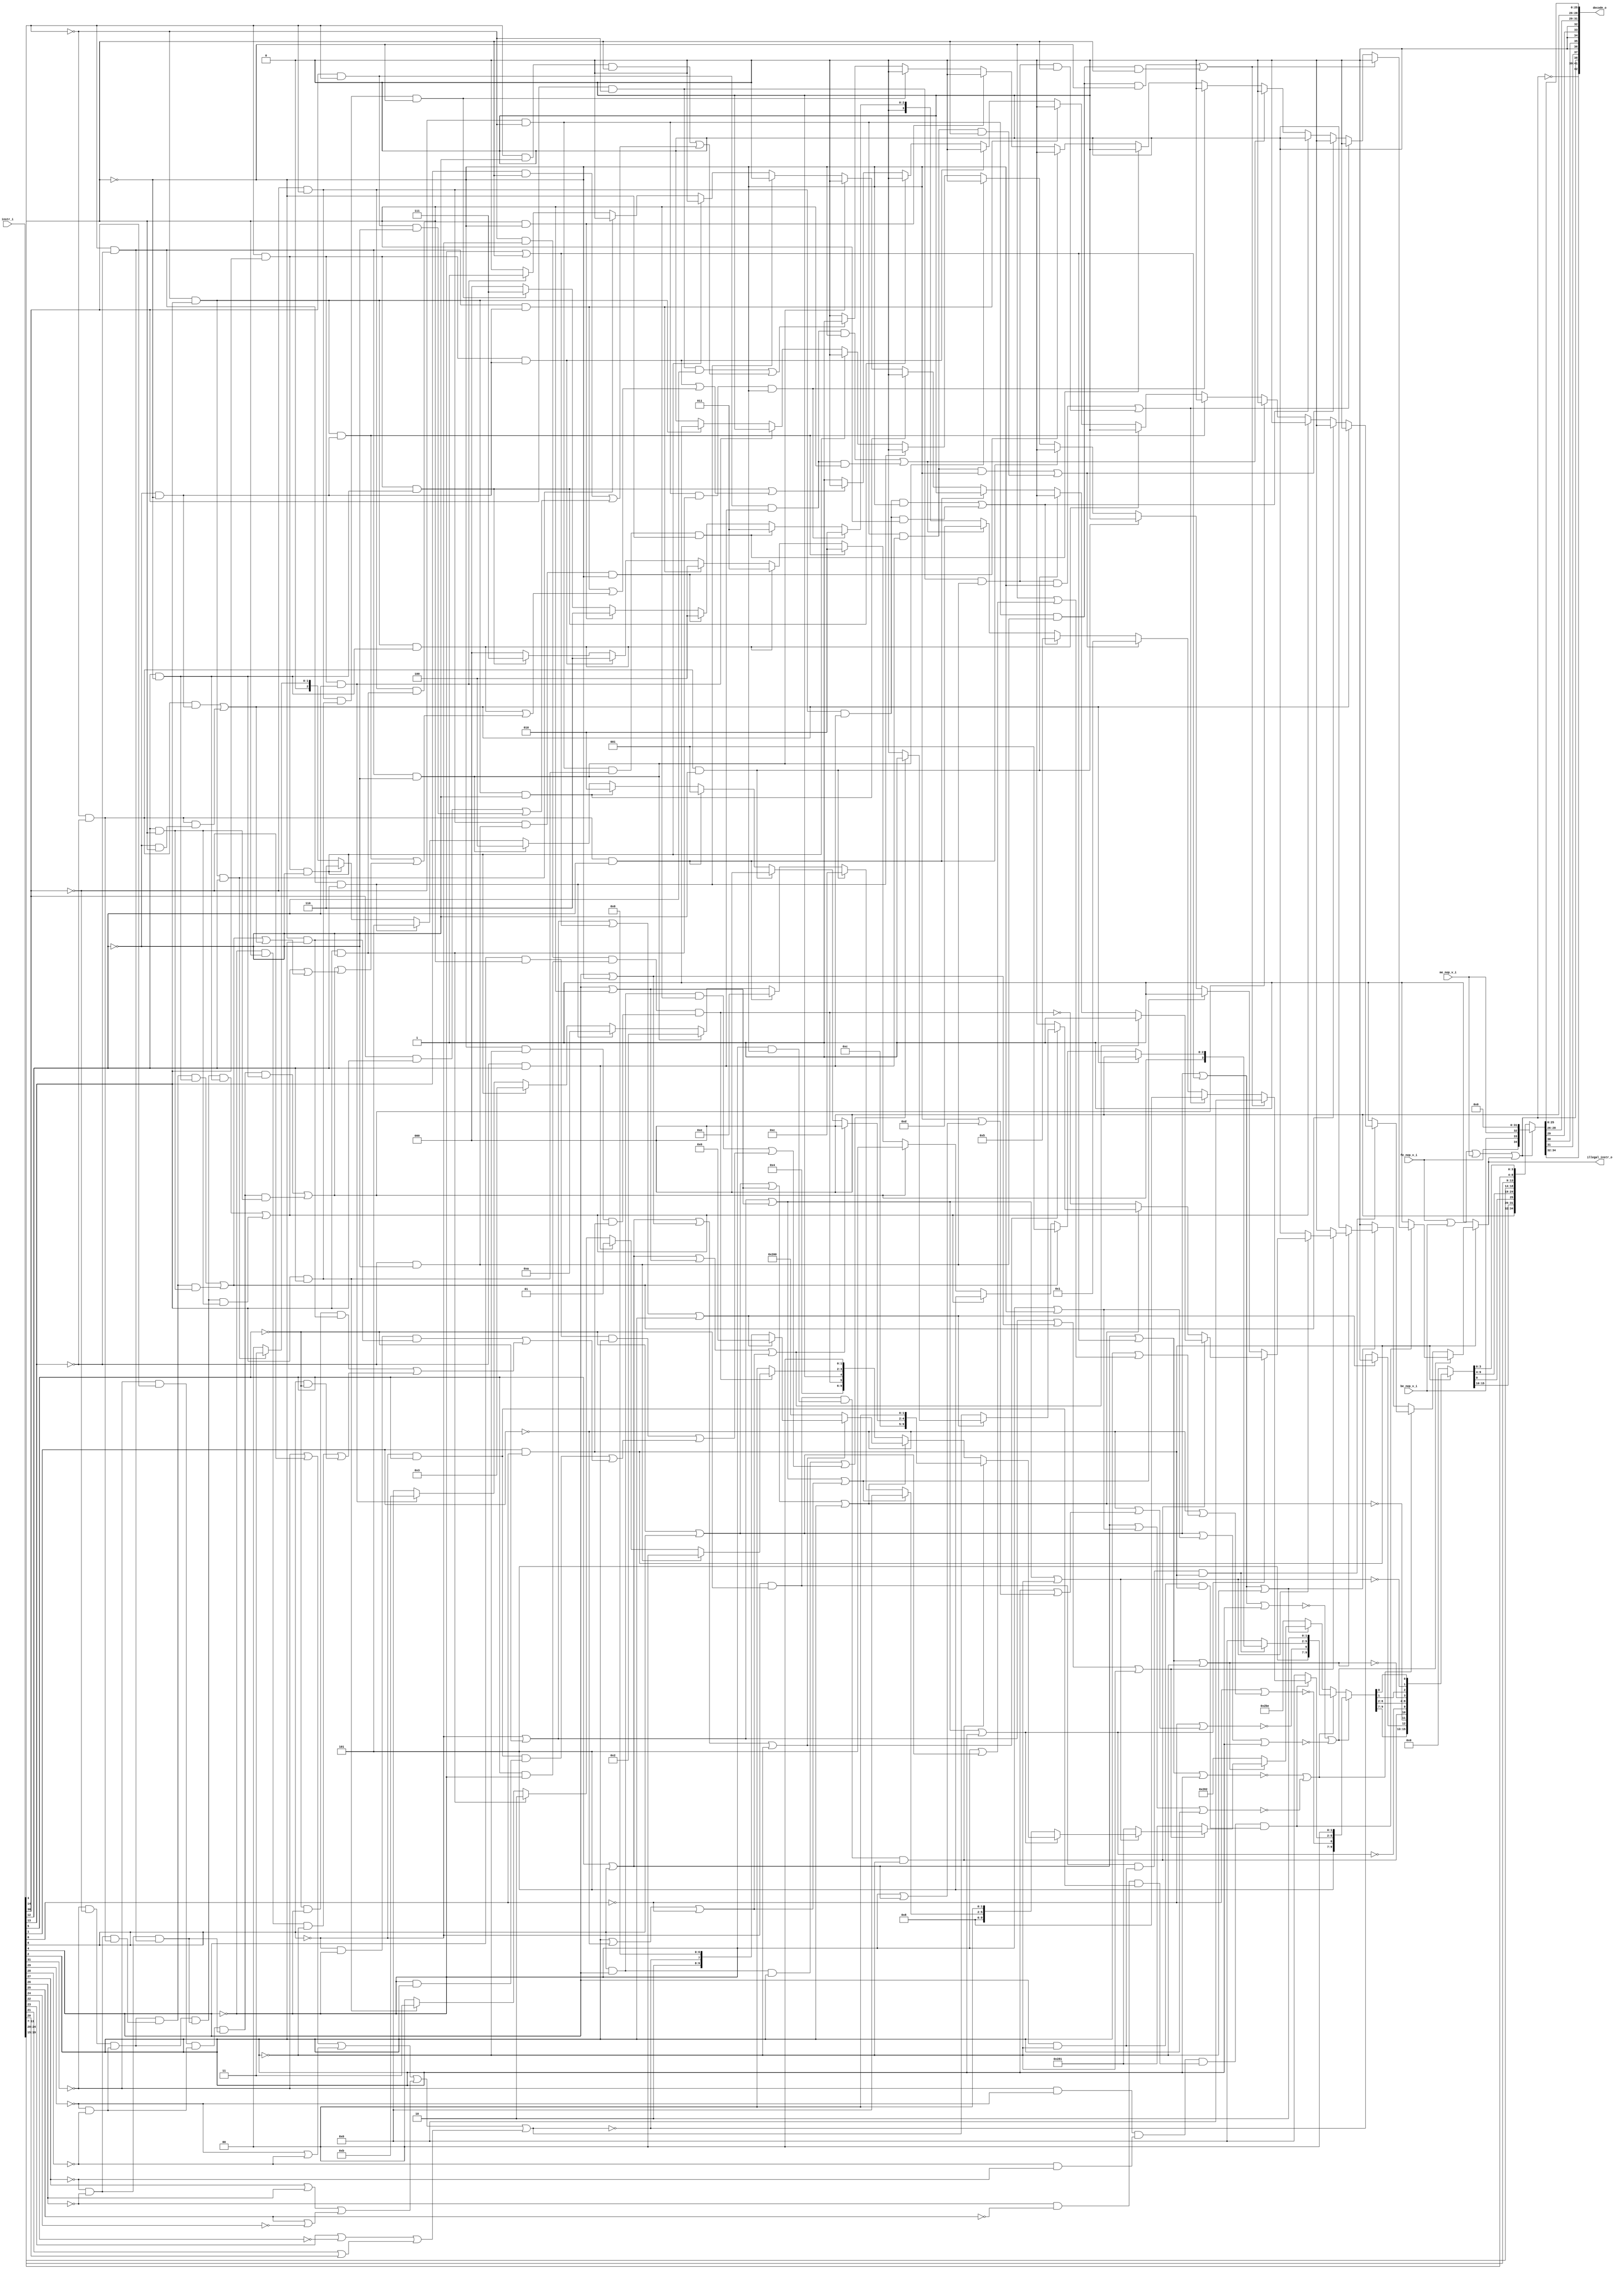
module bp_be_instr_decoder
(
  instr_i,
  fe_nop_v_i,
  be_nop_v_i,
  me_nop_v_i,
  decode_o,
  illegal_instr_o
);

  input [31:0] instr_i;
  output [42:0] decode_o;
  input fe_nop_v_i;
  input be_nop_v_i;
  input me_nop_v_i;
  output illegal_instr_o;
  wire [42:0] decode_o;
  wire illegal_instr_o,N0,N1,N2,N3,N4,N5,N6,N7,N8,N9,N10,N11,N12,N13,N14,N15,N16,N17,
  N18,N19,N20,N21,N22,N23,N24,N25,N26,N27,N28,N29,N30,N31,N32,N33,N34,N35,N36,N37,
  N38,N39,N40,N41,N42,N43,N44,N45,N46,N47,N48,N49,N50,N51,N52,N53,N54,N55,N56,N57,
  N58,N59,N60,N61,N62,N63,N64,N65,N66,N67,N68,N69,N70,N71,N72,N73,N74,N75,N76,N77,
  N78,N79,N80,N81,N82,N83,N84,N85,N86,N87,N88,N89,N90,N91,N92,N93,N94,N95,N96,N97,
  N98,N99,N100,N101,N102,N103,N104,N105,N106,N107,N108,N109,N110,N111,N112,N113,
  N114,N115,N116,N117,N118,N119,N120,N121,N122,N123,N124,N125,N126,N127,N128,N129,
  N130,N131,N132,N133,N134,N135,N136,N137,N138,N139,N140,N141,N142,N143,N144,N145,
  N146,N147,N148,N149,N150,N151,N152,N153,N154,N155,N156,N157,N158,N159,N160,N161,
  N162,N163,N164,N165,N166,N167,N168,N169,N170,N171,N172,N173,N174,N175,N176,N177,
  N178,N179,N180,N181,N182,N183,N184,N185,N186,N187,N188,N189,N190,N191,N192,N193,
  N194,N195,N196,N197,N198,N199,N200,N201,N202,N203,N204,N205,N206,N207,N208,N209,
  N210,N211,N212,N213,N214,N215,N216,N217,N218,N219,N220,N221,N222,N223,N224,N225,
  N226,N227,N228,N229,N230,N231,N232,N233,N234,N235,N236,N237,N238,N239,N240,N241,
  N242,N243,N244,N245,N246,N247,N248,N249,N250,N251,N252,N253,N254,N255,N256,N257,
  N258,N259,N260,N261,N262,N263,N264,N265,N266,N267,N268,N269,N270,N271,N272,N273,
  N274,N275,N276,N277,N278,N279,N280,N281,N282,N283,N284,N285,N286,N287,N288,N289,
  N290,N291,N292,N293,N294,N295,N296,N297,N298,N299,N300,N301,N302,N303,N304,N305,
  N306,N307,N308,N309,N310,N311,N312,N313,N314,N315,N316,N317,N318,N319,N320,N321,
  N322,N323,N324,N325,N326,N327,N328,N329,N330,N331,N332,N333,N334,N335,N336,N337,
  N338,N339,N340,N341,N342,N343,N344,N345,N346,N347,N348,N349,N350,N351,N352,N353,
  N354,N355,N356,N357,N358,N359,N360,N361,N362,N363,N364,N365,N366,N367,N368,N369,
  N370,N371,N372;
  assign decode_o[26] = 1'b0;
  assign decode_o[27] = 1'b0;
  assign decode_o[28] = 1'b0;
  assign decode_o[32] = 1'b0;
  assign decode_o[34] = 1'b0;
  assign decode_o[36] = 1'b0;
  assign N54 = instr_i[1] & instr_i[0];
  assign N56 = instr_i[6] | N339;
  assign N57 = N340 | instr_i[3];
  assign N58 = N56 | N57;
  assign N59 = N58 | instr_i[2];
  assign N60 = N340 | N341;
  assign N61 = N56 | N60;
  assign N62 = N61 | instr_i[2];
  assign N64 = instr_i[6] | instr_i[5];
  assign N65 = N64 | N57;
  assign N66 = N65 | instr_i[2];
  assign N67 = N64 | N60;
  assign N68 = N67 | instr_i[2];
  assign N70 = N58 | N86;
  assign N72 = N65 | N86;
  assign N74 = N85 | N339;
  assign N75 = instr_i[4] | N341;
  assign N76 = N74 | N75;
  assign N77 = N76 | N86;
  assign N79 = instr_i[4] | instr_i[3];
  assign N80 = N74 | N79;
  assign N81 = N80 | N86;
  assign N83 = N80 | instr_i[2];
  assign N87 = N85 & N339;
  assign N88 = N340 & N341;
  assign N89 = N87 & N88;
  assign N90 = N89 & N86;
  assign N91 = N56 | N79;
  assign N92 = N91 | instr_i[2];
  assign N94 = N64 | N75;
  assign N95 = N94 | N86;
  assign N97 = N74 | N57;
  assign N98 = N97 | instr_i[2];
  assign N100 = instr_i[6] & instr_i[4];
  assign N101 = N100 & instr_i[2];
  assign N102 = N100 & instr_i[3];
  assign N103 = instr_i[4] & instr_i[3];
  assign N104 = N103 & instr_i[2];
  assign N105 = N85 & instr_i[5];
  assign N106 = N340 & instr_i[2];
  assign N107 = N105 & N106;
  assign N108 = N85 & N340;
  assign N109 = N341 & instr_i[2];
  assign N110 = N108 & N109;
  assign N111 = N339 & N340;
  assign N112 = N111 & N109;
  assign N113 = N340 & instr_i[3];
  assign N114 = N113 & N86;
  assign N115 = instr_i[6] & N339;
  assign N123 = N117 & N118;
  assign N124 = N119 & N120;
  assign N125 = N121 & N122;
  assign N126 = instr_i[4] & N86;
  assign N127 = N123 & N124;
  assign N128 = N125 & N105;
  assign N129 = N126 & N54;
  assign N130 = N127 & N128;
  assign N131 = N130 & N129;
  assign N133 = N154 & N285;
  assign N134 = N133 & N341;
  assign N135 = N133 & instr_i[3];
  assign N137 = N166 & N285;
  assign N138 = N137 & N341;
  assign N139 = N137 & instr_i[3];
  assign N141 = N154 & N286;
  assign N142 = N141 & N341;
  assign N143 = N141 & instr_i[3];
  assign N145 = N159 & N286;
  assign N146 = N145 & N341;
  assign N147 = N145 & instr_i[3];
  assign N149 = N172 & N286;
  assign N150 = N149 & N341;
  assign N151 = N149 & instr_i[3];
  assign N154 = N153 & N251;
  assign N155 = N154 & N287;
  assign N156 = N155 & N341;
  assign N157 = N154 & N288;
  assign N158 = N157 & N341;
  assign N159 = N153 & instr_i[14];
  assign N160 = N159 & N285;
  assign N161 = N160 & N341;
  assign N162 = N159 & N287;
  assign N163 = N162 & N341;
  assign N164 = N159 & N288;
  assign N165 = N164 & N341;
  assign N166 = instr_i[30] & N251;
  assign N167 = N166 & instr_i[12];
  assign N168 = instr_i[14] & N284;
  assign N169 = N168 & instr_i[3];
  assign N170 = instr_i[13] & instr_i[3];
  assign N171 = instr_i[30] & instr_i[13];
  assign N172 = instr_i[30] & instr_i[14];
  assign N173 = N172 & N284;
  assign N185 = N87 & N126;
  assign N186 = N185 & N54;
  assign N188 = N242 & N216;
  assign N189 = N284 & instr_i[3];
  assign N190 = N242 & N189;
  assign N192 = N205 & N242;
  assign N193 = N198 & N192;
  assign N194 = N193 & N218;
  assign N195 = N193 & N210;
  assign N197 = N117 & N153;
  assign N198 = N197 & N204;
  assign N199 = N198 & N207;
  assign N200 = N199 & N218;
  assign N201 = N199 & N210;
  assign N203 = N117 & instr_i[30];
  assign N204 = N118 & N119;
  assign N205 = N120 & N121;
  assign N206 = N203 & N204;
  assign N207 = N205 & N245;
  assign N208 = N206 & N207;
  assign N209 = N208 & N218;
  assign N210 = instr_i[12] & instr_i[3];
  assign N211 = N208 & N210;
  assign N213 = N252 & N216;
  assign N214 = N252 & N218;
  assign N215 = N245 & N216;
  assign N216 = N284 & N341;
  assign N217 = N248 & N216;
  assign N218 = instr_i[12] & N341;
  assign N219 = N248 & N218;
  assign N238 = instr_i[2] | N342;
  assign N239 = N238 | N343;
  assign N240 = N80 | N239;
  assign N242 = N251 & N283;
  assign N243 = N242 & N284;
  assign N244 = N242 & instr_i[12];
  assign N245 = instr_i[14] & N283;
  assign N246 = N245 & N284;
  assign N247 = N245 & instr_i[12];
  assign N248 = instr_i[14] & instr_i[13];
  assign N249 = N248 & N284;
  assign N250 = N248 & instr_i[12];
  assign N252 = N251 & instr_i[13];
  assign N263 = N64 | N79;
  assign N264 = N263 | N239;
  assign N266 = N252 & N284;
  assign N267 = N252 & instr_i[12];
  assign N276 = N251 & N85;
  assign N277 = instr_i[5] & N340;
  assign N278 = N341 & N86;
  assign N279 = N276 & N277;
  assign N280 = N278 & N54;
  assign N281 = N279 & N280;
  assign N285 = N283 & N284;
  assign N286 = N283 & instr_i[12];
  assign N287 = instr_i[13] & N284;
  assign N288 = instr_i[13] & instr_i[12];
  assign N296 = N117 | N153;
  assign N297 = N118 | N119;
  assign N298 = instr_i[27] | instr_i[26];
  assign N299 = instr_i[25] | N294;
  assign N300 = instr_i[23] | N295;
  assign N301 = instr_i[21] | instr_i[20];
  assign N302 = N296 | N297;
  assign N303 = N298 | N299;
  assign N304 = N300 | N301;
  assign N305 = N302 | N303;
  assign N306 = N305 | N304;
  assign N339 = ~instr_i[5];
  assign N340 = ~instr_i[4];
  assign N341 = ~instr_i[3];
  assign N342 = ~instr_i[1];
  assign N343 = ~instr_i[0];
  assign N344 = N339 | instr_i[6];
  assign N345 = N340 | N344;
  assign N346 = N341 | N345;
  assign N347 = instr_i[2] | N346;
  assign N348 = N342 | N347;
  assign N349 = N343 | N348;
  assign N350 = ~N349;
  assign N351 = instr_i[5] | instr_i[6];
  assign N352 = N340 | N351;
  assign N353 = N341 | N352;
  assign N354 = instr_i[2] | N353;
  assign N355 = N342 | N354;
  assign N356 = N343 | N355;
  assign N357 = ~N356;
  assign { N178, N177, N176, N175 } = (N0)? { 1'b0, 1'b0, 1'b0, 1'b0 } :
                                      (N1)? { 1'b1, 1'b0, 1'b0, 1'b0 } :
                                      (N2)? { 1'b0, 1'b0, 1'b0, 1'b1 } :
                                      (N3)? { 1'b0, 1'b1, 1'b0, 1'b1 } :
                                      (N4)? { 1'b1, 1'b1, 1'b0, 1'b1 } :
                                      (N5)? { 1'b0, 1'b0, 1'b1, 1'b0 } :
                                      (N6)? { 1'b0, 1'b0, 1'b1, 1'b1 } :
                                      (N7)? { 1'b0, 1'b1, 1'b0, 1'b0 } :
                                      (N8)? { 1'b0, 1'b1, 1'b1, 1'b0 } :
                                      (N9)? { 1'b0, 1'b1, 1'b1, 1'b1 } :
                                      (N10)? { 1'b0, 1'b0, 1'b0, 1'b0 } : 1'b0;
  assign N0 = N136;
  assign N1 = N140;
  assign N2 = N144;
  assign N3 = N148;
  assign N4 = N152;
  assign N5 = N156;
  assign N6 = N158;
  assign N7 = N161;
  assign N8 = N163;
  assign N9 = N165;
  assign N10 = N174;
  assign N179 = (N0)? 1'b0 :
                (N1)? 1'b0 :
                (N2)? 1'b0 :
                (N3)? 1'b0 :
                (N4)? 1'b0 :
                (N5)? 1'b0 :
                (N6)? 1'b0 :
                (N7)? 1'b0 :
                (N8)? 1'b0 :
                (N9)? 1'b0 :
                (N10)? 1'b1 : 1'b0;
  assign { N183, N182, N181, N180 } = (N11)? { N178, N177, N176, N175 } :
                                      (N132)? { 1'b0, 1'b0, 1'b0, 1'b0 } : 1'b0;
  assign N11 = N131;
  assign N184 = (N11)? N179 :
                (N132)? 1'b1 : 1'b0;
  assign { N231, N230, N229 } = (N12)? { 1'b0, 1'b0, 1'b0 } :
                                (N13)? { 1'b0, 1'b0, 1'b1 } :
                                (N14)? { 1'b1, 1'b0, 1'b1 } :
                                (N15)? { 1'b1, 1'b0, 1'b1 } :
                                (N16)? { 1'b0, 1'b1, 1'b0 } :
                                (N17)? { 1'b0, 1'b1, 1'b1 } :
                                (N18)? { 1'b1, 1'b0, 1'b0 } :
                                (N19)? { 1'b1, 1'b1, 1'b0 } :
                                (N20)? { 1'b1, 1'b1, 1'b1 } :
                                (N228)? { 1'b0, 1'b0, 1'b0 } : 1'b0;
  assign N12 = N191;
  assign N13 = N196;
  assign N14 = N202;
  assign N15 = N212;
  assign N16 = N213;
  assign N17 = N214;
  assign N18 = N215;
  assign N19 = N217;
  assign N20 = N219;
  assign N232 = (N12)? 1'b0 :
                (N13)? 1'b0 :
                (N14)? 1'b0 :
                (N15)? 1'b0 :
                (N16)? 1'b0 :
                (N17)? 1'b0 :
                (N18)? 1'b0 :
                (N19)? 1'b0 :
                (N20)? 1'b0 :
                (N228)? 1'b1 : 1'b0;
  assign { N236, N235, N234, N233 } = (N21)? { N212, N231, N230, N229 } :
                                      (N187)? { 1'b0, 1'b0, 1'b0, 1'b0 } : 1'b0;
  assign N21 = N186;
  assign N237 = (N21)? N232 :
                (N187)? 1'b1 : 1'b0;
  assign { N256, N255, N254, N253 } = (N22)? { 1'b1, 1'b1, 1'b0, 1'b0 } :
                                      (N23)? { 1'b1, 1'b1, 1'b1, 1'b0 } :
                                      (N24)? { 1'b0, 1'b0, 1'b1, 1'b0 } :
                                      (N25)? { 1'b1, 1'b0, 1'b1, 1'b0 } :
                                      (N26)? { 1'b0, 1'b0, 1'b1, 1'b1 } :
                                      (N27)? { 1'b1, 1'b0, 1'b1, 1'b1 } :
                                      (N28)? { 1'b0, 1'b0, 1'b0, 1'b0 } : 1'b0;
  assign N22 = N243;
  assign N23 = N244;
  assign N24 = N246;
  assign N25 = N247;
  assign N26 = N249;
  assign N27 = N250;
  assign N28 = N252;
  assign N257 = (N22)? 1'b0 :
                (N23)? 1'b0 :
                (N24)? 1'b0 :
                (N25)? 1'b0 :
                (N26)? 1'b0 :
                (N27)? 1'b0 :
                (N28)? 1'b1 : 1'b0;
  assign { N261, N260, N259, N258 } = (N29)? { N256, N255, N254, N253 } :
                                      (N30)? { 1'b0, 1'b0, 1'b0, 1'b0 } : 1'b0;
  assign N29 = N241;
  assign N30 = N240;
  assign N262 = (N29)? N257 :
                (N30)? 1'b1 : 1'b0;
  assign { N270, N269, N268 } = (N22)? { 1'b0, 1'b0, 1'b0 } :
                                (N23)? { 1'b0, 1'b0, 1'b1 } :
                                (N31)? { 1'b0, 1'b1, 1'b0 } :
                                (N24)? { 1'b1, 1'b0, 1'b0 } :
                                (N25)? { 1'b1, 1'b0, 1'b1 } :
                                (N26)? { 1'b1, 1'b1, 1'b0 } :
                                (N32)? { 1'b0, 1'b1, 1'b1 } :
                                (N27)? { 1'b0, 1'b0, 1'b0 } : 1'b0;
  assign N31 = N266;
  assign N32 = N267;
  assign N271 = (N22)? 1'b0 :
                (N23)? 1'b0 :
                (N31)? 1'b0 :
                (N24)? 1'b0 :
                (N25)? 1'b0 :
                (N26)? 1'b0 :
                (N32)? 1'b0 :
                (N27)? 1'b1 : 1'b0;
  assign { N274, N273, N272 } = (N33)? { N270, N269, N268 } :
                                (N34)? { 1'b0, 1'b0, 1'b0 } : 1'b0;
  assign N33 = N265;
  assign N34 = N264;
  assign N275 = (N33)? N271 :
                (N34)? 1'b1 : 1'b0;
  assign { N290, N289 } = (N35)? { 1'b0, 1'b0 } :
                          (N36)? { 1'b0, 1'b1 } :
                          (N37)? { 1'b1, 1'b0 } :
                          (N38)? { 1'b1, 1'b1 } : 1'b0;
  assign N35 = N285;
  assign N36 = N286;
  assign N37 = N287;
  assign N38 = N288;
  assign { N292, N291 } = (N39)? { N290, N289 } :
                          (N282)? { 1'b0, 1'b0 } : 1'b0;
  assign N39 = N281;
  assign N293 = ~N281;
  assign { N319, N318, N317, N314, N313, N312, N311, N310, N309, N308 } = (N40)? { 1'b1, 1'b0, 1'b1, N350, N183, N182, N181, N180, 1'b0, 1'b0 } :
                                                                          (N41)? { 1'b1, 1'b0, 1'b1, N357, N236, N235, N234, N233, 1'b1, 1'b0 } :
                                                                          (N42)? { 1'b1, 1'b0, 1'b1, 1'b0, 1'b1, 1'b1, 1'b1, 1'b1, 1'b1, 1'b0 } :
                                                                          (N43)? { 1'b1, 1'b0, 1'b1, 1'b0, 1'b0, 1'b0, 1'b0, 1'b0, 1'b1, 1'b0 } :
                                                                          (N44)? { 1'b1, 1'b0, 1'b1, 1'b0, 1'b0, 1'b0, 1'b0, 1'b0, 1'b0, 1'b1 } :
                                                                          (N45)? { 1'b1, 1'b0, 1'b1, 1'b0, 1'b0, 1'b0, 1'b0, 1'b0, 1'b0, 1'b1 } :
                                                                          (N46)? { 1'b1, 1'b0, 1'b0, 1'b0, N261, N260, N259, N258, 1'b0, 1'b0 } :
                                                                          (N47)? { 1'b0, 1'b1, 1'b1, 1'b0, 1'b0, N274, N273, N272, 1'b0, 1'b0 } :
                                                                          (N48)? { 1'b0, 1'b1, 1'b0, 1'b0, N281, 1'b0, N292, N291, 1'b0, 1'b0 } :
                                                                          (N49)? { 1'b1, 1'b0, 1'b0, 1'b0, 1'b0, 1'b0, 1'b0, 1'b0, 1'b0, 1'b0 } :
                                                                          (N50)? { 1'b1, 1'b0, N307, 1'b0, 1'b0, 1'b0, 1'b0, 1'b0, 1'b0, 1'b0 } :
                                                                          (N51)? { 1'b0, 1'b0, 1'b0, 1'b0, 1'b0, 1'b0, 1'b0, 1'b0, 1'b0, 1'b0 } : 1'b0;
  assign N40 = N63;
  assign N41 = N69;
  assign N42 = N71;
  assign N43 = N73;
  assign N44 = N78;
  assign N45 = N82;
  assign N46 = N84;
  assign N47 = N90;
  assign N48 = N93;
  assign N49 = N96;
  assign N50 = N99;
  assign N51 = N116;
  assign N316 = (N50)? N307 :
                (N315)? 1'b0 : 1'b0;
  assign N320 = (N40)? N184 :
                (N41)? N237 :
                (N42)? 1'b0 :
                (N43)? 1'b0 :
                (N44)? 1'b0 :
                (N45)? 1'b0 :
                (N46)? N262 :
                (N47)? N275 :
                (N48)? N293 :
                (N49)? 1'b0 :
                (N50)? N306 :
                (N51)? 1'b1 : 1'b0;
  assign { N336, N335, N334, N333, N332, N331, N330, N329, N328, N327, N326, N325, N324, N323, N322, N321 } = (N52)? { N319, N318, N317, N316, N93, N90, N84, N314, N313, N312, N311, N310, N73, N309, N82, N308 } :
                                                                                                              (N55)? { 1'b0, 1'b0, 1'b0, 1'b0, 1'b0, 1'b0, 1'b0, 1'b0, 1'b0, 1'b0, 1'b0, 1'b0, 1'b0, 1'b0, 1'b0, 1'b0 } : 1'b0;
  assign N52 = N54;
  assign illegal_instr_o = (N52)? N320 :
                           (N55)? 1'b1 : 1'b0;
  assign decode_o[42] = ~decode_o[38];
  assign { decode_o[41:39], decode_o[37:37], decode_o[35:35], decode_o[33:33], decode_o[31:29], decode_o[25:0] } = (N53)? { fe_nop_v_i, be_nop_v_i, me_nop_v_i, 1'b0, 1'b0, 1'b0, 1'b0, 1'b0, 1'b0, 1'b0, 1'b0, 1'b0, 1'b0, 1'b0, 1'b0, 1'b0, 1'b0, 1'b0, 1'b0, 1'b0, 1'b0, 1'b0, 1'b0, 1'b0, 1'b0, 1'b0, 1'b0, 1'b0, 1'b0, 1'b0, 1'b0, 1'b0, 1'b0, 1'b0, 1'b0 } :
                                                                                                                   (N338)? { 1'b0, 1'b0, 1'b0, N336, N335, N334, N333, N332, N331, N321, N330, N329, N328, N327, N326, N325, instr_i[19:15], instr_i[24:20], instr_i[11:7], N324, N323, N322, N321 } : 1'b0;
  assign N53 = decode_o[38];
  assign N55 = ~N54;
  assign N63 = N358 | N359;
  assign N358 = ~N59;
  assign N359 = ~N62;
  assign N69 = N360 | N361;
  assign N360 = ~N66;
  assign N361 = ~N68;
  assign N71 = ~N70;
  assign N73 = ~N72;
  assign N78 = ~N77;
  assign N82 = ~N81;
  assign N84 = ~N83;
  assign N85 = ~instr_i[6];
  assign N86 = ~instr_i[2];
  assign N93 = ~N92;
  assign N96 = ~N95;
  assign N99 = ~N98;
  assign N116 = N101 | N367;
  assign N367 = N102 | N366;
  assign N366 = N104 | N365;
  assign N365 = N107 | N364;
  assign N364 = N110 | N363;
  assign N363 = N112 | N362;
  assign N362 = N114 | N115;
  assign N117 = ~instr_i[31];
  assign N118 = ~instr_i[29];
  assign N119 = ~instr_i[28];
  assign N120 = ~instr_i[27];
  assign N121 = ~instr_i[26];
  assign N122 = ~instr_i[25];
  assign N132 = ~N131;
  assign N136 = N134 | N135;
  assign N140 = N138 | N139;
  assign N144 = N142 | N143;
  assign N148 = N146 | N147;
  assign N152 = N150 | N151;
  assign N153 = ~instr_i[30];
  assign N174 = N167 | N370;
  assign N370 = N169 | N369;
  assign N369 = N170 | N368;
  assign N368 = N171 | N173;
  assign N187 = ~N186;
  assign N191 = N188 | N190;
  assign N196 = N194 | N195;
  assign N202 = N200 | N201;
  assign N212 = N209 | N211;
  assign N220 = N196 | N191;
  assign N221 = N202 | N220;
  assign N222 = N212 | N221;
  assign N223 = N213 | N222;
  assign N224 = N214 | N223;
  assign N225 = N215 | N224;
  assign N226 = N217 | N225;
  assign N227 = N219 | N226;
  assign N228 = ~N227;
  assign N241 = ~N240;
  assign N251 = ~instr_i[14];
  assign N265 = ~N264;
  assign N282 = ~N281;
  assign N283 = ~instr_i[13];
  assign N284 = ~instr_i[12];
  assign N294 = ~instr_i[24];
  assign N295 = ~instr_i[22];
  assign N307 = ~N306;
  assign N315 = N98;
  assign N337 = N372 | illegal_instr_o;
  assign N372 = N371 | me_nop_v_i;
  assign N371 = fe_nop_v_i | be_nop_v_i;
  assign decode_o[38] = N337;
  assign N338 = ~decode_o[38];

endmodule